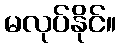
မလုပ်နိုင်။